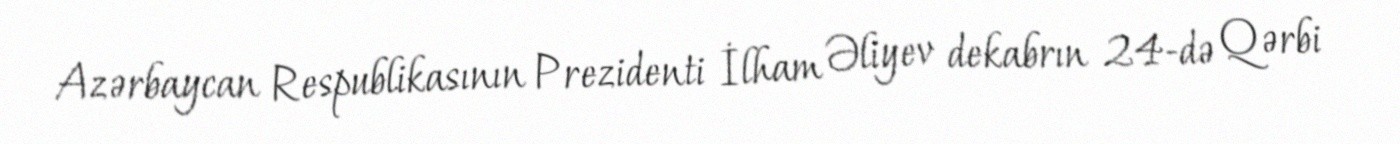
Azərbaycan Respublikasının Prezidenti İlham Əliyev dekabrın 24-də Qərbi